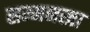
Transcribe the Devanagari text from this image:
सम्मनखा